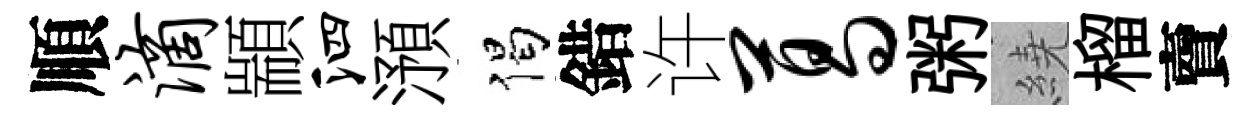
順滴顓泗澦偈錯许葛粥繞榴𧶠